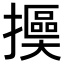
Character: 𢷯